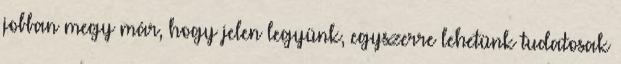
jobban megy már, hogy jelen legyünk, egyszerre lehetünk tudatosak